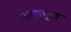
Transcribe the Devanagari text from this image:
नासागुहा